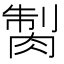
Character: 𦜾